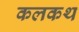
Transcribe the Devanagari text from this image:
कलकथ